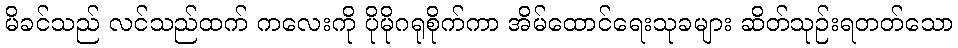
မိခင်သည် လင်သည်ထက် ကလေးကို ပိုမိုဂရုစိုက်ကာ အိမ်ထောင်ရေးသုခများ ဆိတ်သုဉ်းရတတ်သော